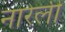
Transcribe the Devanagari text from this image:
नारेली